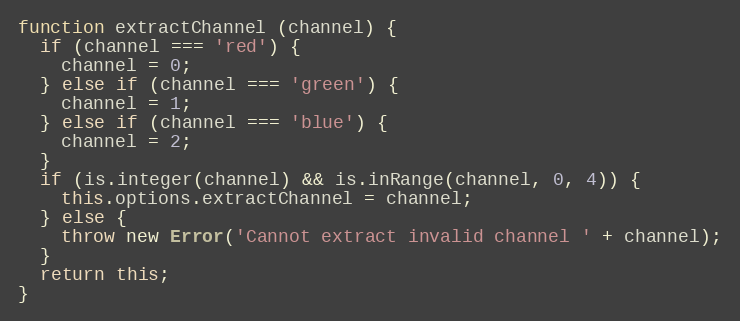
Language: JavaScript
function extractChannel (channel) {
  if (channel === 'red') {
    channel = 0;
  } else if (channel === 'green') {
    channel = 1;
  } else if (channel === 'blue') {
    channel = 2;
  }
  if (is.integer(channel) && is.inRange(channel, 0, 4)) {
    this.options.extractChannel = channel;
  } else {
    throw new Error('Cannot extract invalid channel ' + channel);
  }
  return this;
}